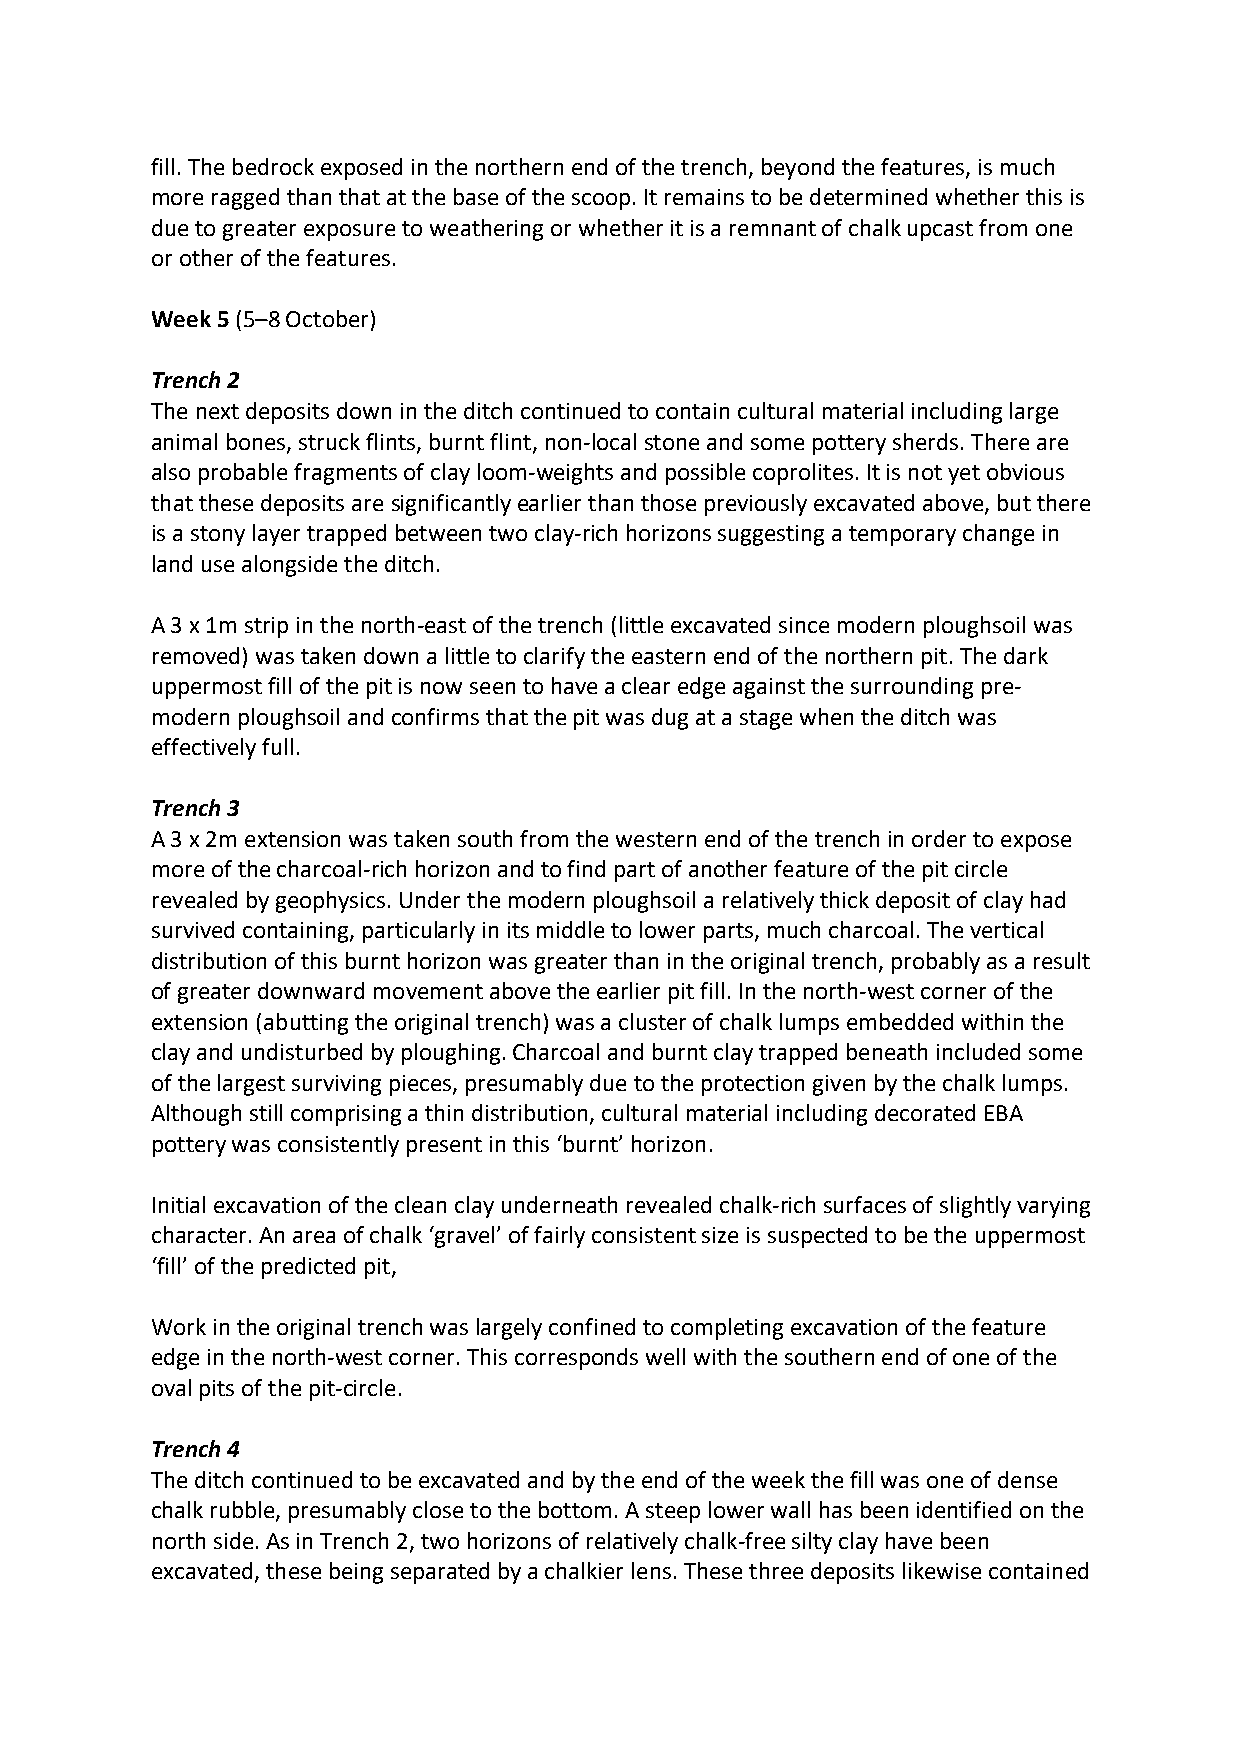
fill. The bedrock exposed in the northern end of the trench, beyond the features, is much
 more ragged than that at the base of the scoop. It remains to be determined whether this is
 due to greater exposure to weathering or whether it is a remnant of chalk upcast from one
 or other of the features.
 Week 5 (5–8 October)
 Trench 2
 The next deposits down in the ditch continued to contain cultural material including large
 animal bones, struck flints, burnt flint, non-local stone and some pottery sherds. There are
 also probable fragments of clay loom-weights and possible coprolites. It is not yet obvious
 that these deposits are significantly earlier than those previously excavated above, but there
 is a stony layer trapped between two clay-rich horizons suggesting a temporary change in
 land use alongside the ditch.
 A 3 x 1m strip in the north-east of the trench (little excavated since modern ploughsoil was
 removed) was taken down a little to clarify the eastern end of the northern pit. The dark
 uppermost fill of the pit is now seen to have a clear edge against the surrounding pre-
 modern ploughsoil and confirms that the pit was dug at a stage when the ditch was
 effectively full.
 Trench 3
 A 3 x 2m extension was taken south from the western end of the trench in order to expose
 more of the charcoal-rich horizon and to find part of another feature of the pit circle
 revealed by geophysics. Under the modern ploughsoil a relatively thick deposit of clay had
 survived containing, particularly in its middle to lower parts, much charcoal. The vertical
 distribution of this burnt horizon was greater than in the original trench, probably as a result
 of greater downward movement above the earlier pit fill. In the north-west corner of the
 extension (abutting the original trench) was a cluster of chalk lumps embedded within the
 clay and undisturbed by ploughing. Charcoal and burnt clay trapped beneath included some
 of the largest surviving pieces, presumably due to the protection given by the chalk lumps.
 Although still comprising a thin distribution, cultural material including decorated EBA
 pottery was consistently present in this ‘burnt’ horizon.
 Initial excavation of the clean clay underneath revealed chalk-rich surfaces of slightly varying
 character. An area of chalk ‘gravel’ of fairly consistent size is suspected to be the uppermost
 ‘fill’ of the predicted pit,
 Work in the original trench was largely confined to completing excavation of the feature
 edge in the north-west corner. This corresponds well with the southern end of one of the
 oval pits of the pit-circle.
 Trench 4
 The ditch continued to be excavated and by the end of the week the fill was one of dense
 chalk rubble, presumably close to the bottom. A steep lower wall has been identified on the
 north side. As in Trench 2, two horizons of relatively chalk-free silty clay have been
 excavated, these being separated by a chalkier lens. These three deposits likewise contained